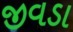
જીવડા